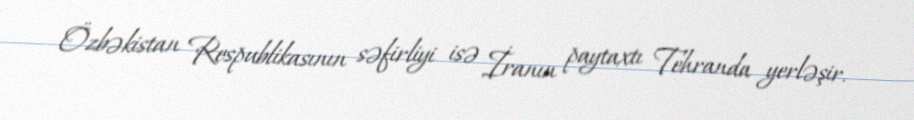
Özbəkistan Respublikasının səfirliyi isə İranın paytaxtı Tehranda yerləşir.